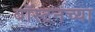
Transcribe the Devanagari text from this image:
बॉस्टनच्या